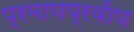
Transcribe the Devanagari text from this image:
प्रमाणप्रवीण